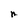
Character: n